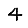
Digit: 4